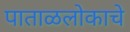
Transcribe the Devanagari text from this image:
पाताळलोकाचे